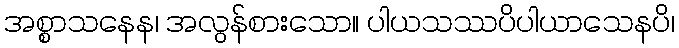
အစ္စာသနေန၊ အလွန်စားသော။ ပါယသဿပိပါယာသေနပိ၊